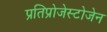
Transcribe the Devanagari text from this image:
प्रतिप्रोजेस्टोजेन